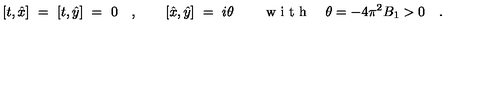
[ t , \hat { x } ] \ = \ [ t , \hat { y } ] \ = \ 0 \quad , \qquad [ \hat { x } , \hat { y } ] \ = \ i \theta \qquad \textrm { w i t h } \quad \theta = - 4 \pi ^ { 2 } B _ { 1 } > 0 \quad .